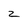
Character: z